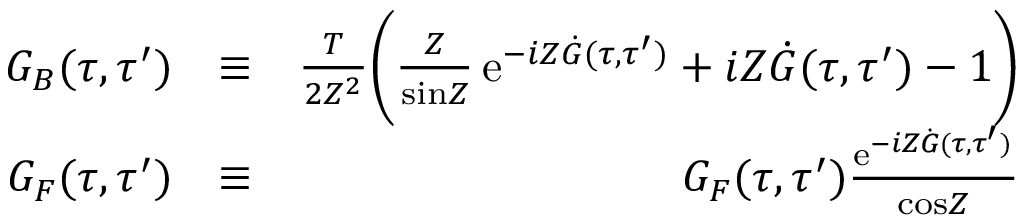
\begin{array} { r l r } { { \cal G } _ { B } ( \tau , \tau ^ { \prime } ) } & { \equiv } & { \frac { T } { 2 { \cal Z } ^ { 2 } } \biggl ( { \frac { \cal Z } { \mathrm { s i n } { \cal Z } } } \, \mathrm { e } ^ { - i { \cal Z } \dot { G } ( \tau , \tau ^ { \prime } ) } + i { \cal Z } \dot { G } ( \tau , \tau ^ { \prime } ) - 1 \biggr ) } \\ { { \cal G } _ { F } ( \tau , \tau ^ { \prime } ) } & { \equiv } & { G _ { F } ( \tau , \tau ^ { \prime } ) { \frac { \mathrm { e } ^ { - i { \cal Z } \dot { G } ( \tau , \tau ^ { \prime } ) } } { \mathrm { c o s } { \cal Z } } } } \end{array}